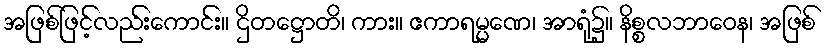
အဖြစ်ဖြင့်လည်းကောင်း။ ဌိတဋ္ဌောတိ၊ ကား။ ဧကာရမ္မဏေ၊ အာရုံ၌။ နိစ္စလဘာဝေန၊ အဖြစ်